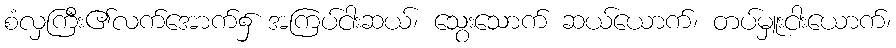
စံလှကြီး၏လက်အောက်၌ အကြပ်ငါးဆယ်၊ သွေးသောက် ဆယ်ယောက်၊ တပ်မှူးငါးယောက်၊